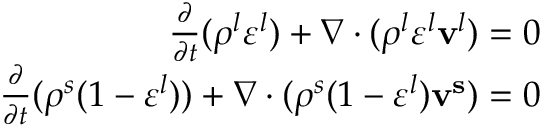
\begin{array} { r } { \frac { \partial } { \partial t } ( \rho ^ { l } \varepsilon ^ { l } ) + \nabla \cdot ( \rho ^ { l } \varepsilon ^ { l } \mathbf { v } ^ { l } ) = 0 } \\ { \frac { \partial } { \partial t } ( \rho ^ { s } ( 1 - \varepsilon ^ { l } ) ) + \nabla \cdot ( \rho ^ { s } ( 1 - \varepsilon ^ { l } ) \mathbf { v ^ { s } } ) = 0 } \end{array}